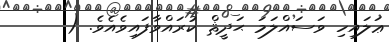
ޢަލައިހި ވަސައްލަމަ ޙަދީޘް ކުރައްވާފައިވެއެވެ. (